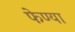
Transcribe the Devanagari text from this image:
फेण्या